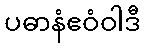
ပဓာနံဧဝံဝါဒီ